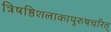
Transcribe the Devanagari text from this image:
त्रिषष्ठिशलाकापुरुषचरित्